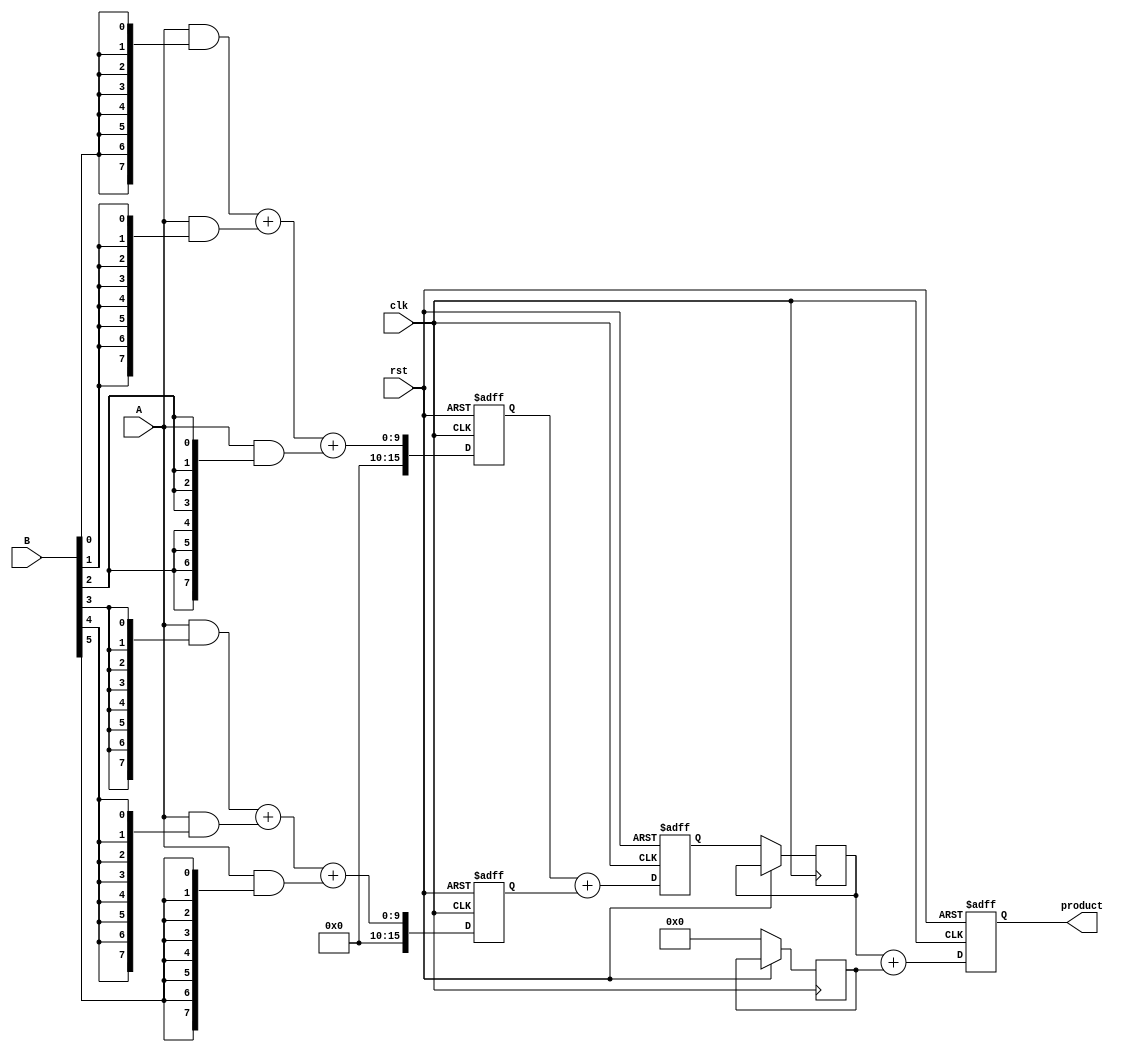
module pipelined_wallace_tree_multiplier #(parameter N = 8)(
    input clk,
    input rst,
    input [N-1:0] A,
    input [N-1:0] B,
    output reg [2*N-1:0] product
);

    // Intermediate signals
    wire [N-1:0] pp [0:N-1]; // Partial products
    reg [2*N-1:0] sum_stage1 [0:N/3-1]; // Stage 1 sums
    reg [2*N-1:0] sum_stage2 [0:N/3-1]; // Stage 2 sums
    reg [2*N-1:0] final_sum;
    reg [2*N-1:0] final_carry;

    // Generate partial products
    genvar i, j;
    generate
        for (i = 0; i < N; i = i + 1) begin : gen_partial_products
            assign pp[i] = A & {N{B[i]}};
        end
    endgenerate

    // Wallace Tree reduction - Stage 1
    integer k;
    always @(posedge clk or posedge rst) begin
        if (rst) begin
            for (k = 0; k < N/3; k = k + 1) begin
                sum_stage1[k] <= 0;
            end
        end else begin
            for (k = 0; k < N/3; k = k + 1) begin
                sum_stage1[k] <= pp[3*k] + pp[3*k+1] + pp[3*k+2];
            end
        end
    end

    // Wallace Tree reduction - Stage 2
    always @(posedge clk or posedge rst) begin
        if (rst) begin
            for (k = 0; k < N/3; k = k + 1) begin
                sum_stage2[k] <= 0;
            end
        end else begin
            for (k = 0; k < N/3; k = k + 1) begin
                sum_stage2[k] <= sum_stage1[k] + sum_stage1[k+1]; // Simplified for demonstration
            end
        end
    end

    // Final addition
    always @(posedge clk or posedge rst) begin
        if (rst) begin
            product <= 0;
        end else begin
            final_sum <= sum_stage2[0]; // Assume one final sum for simplification
            final_carry <= 0; // In a real design, you would compute carry
            product <= final_sum + final_carry;
        end
    end

endmodule